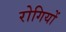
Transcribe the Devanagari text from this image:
रोगियों